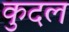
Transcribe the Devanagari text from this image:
कुदल